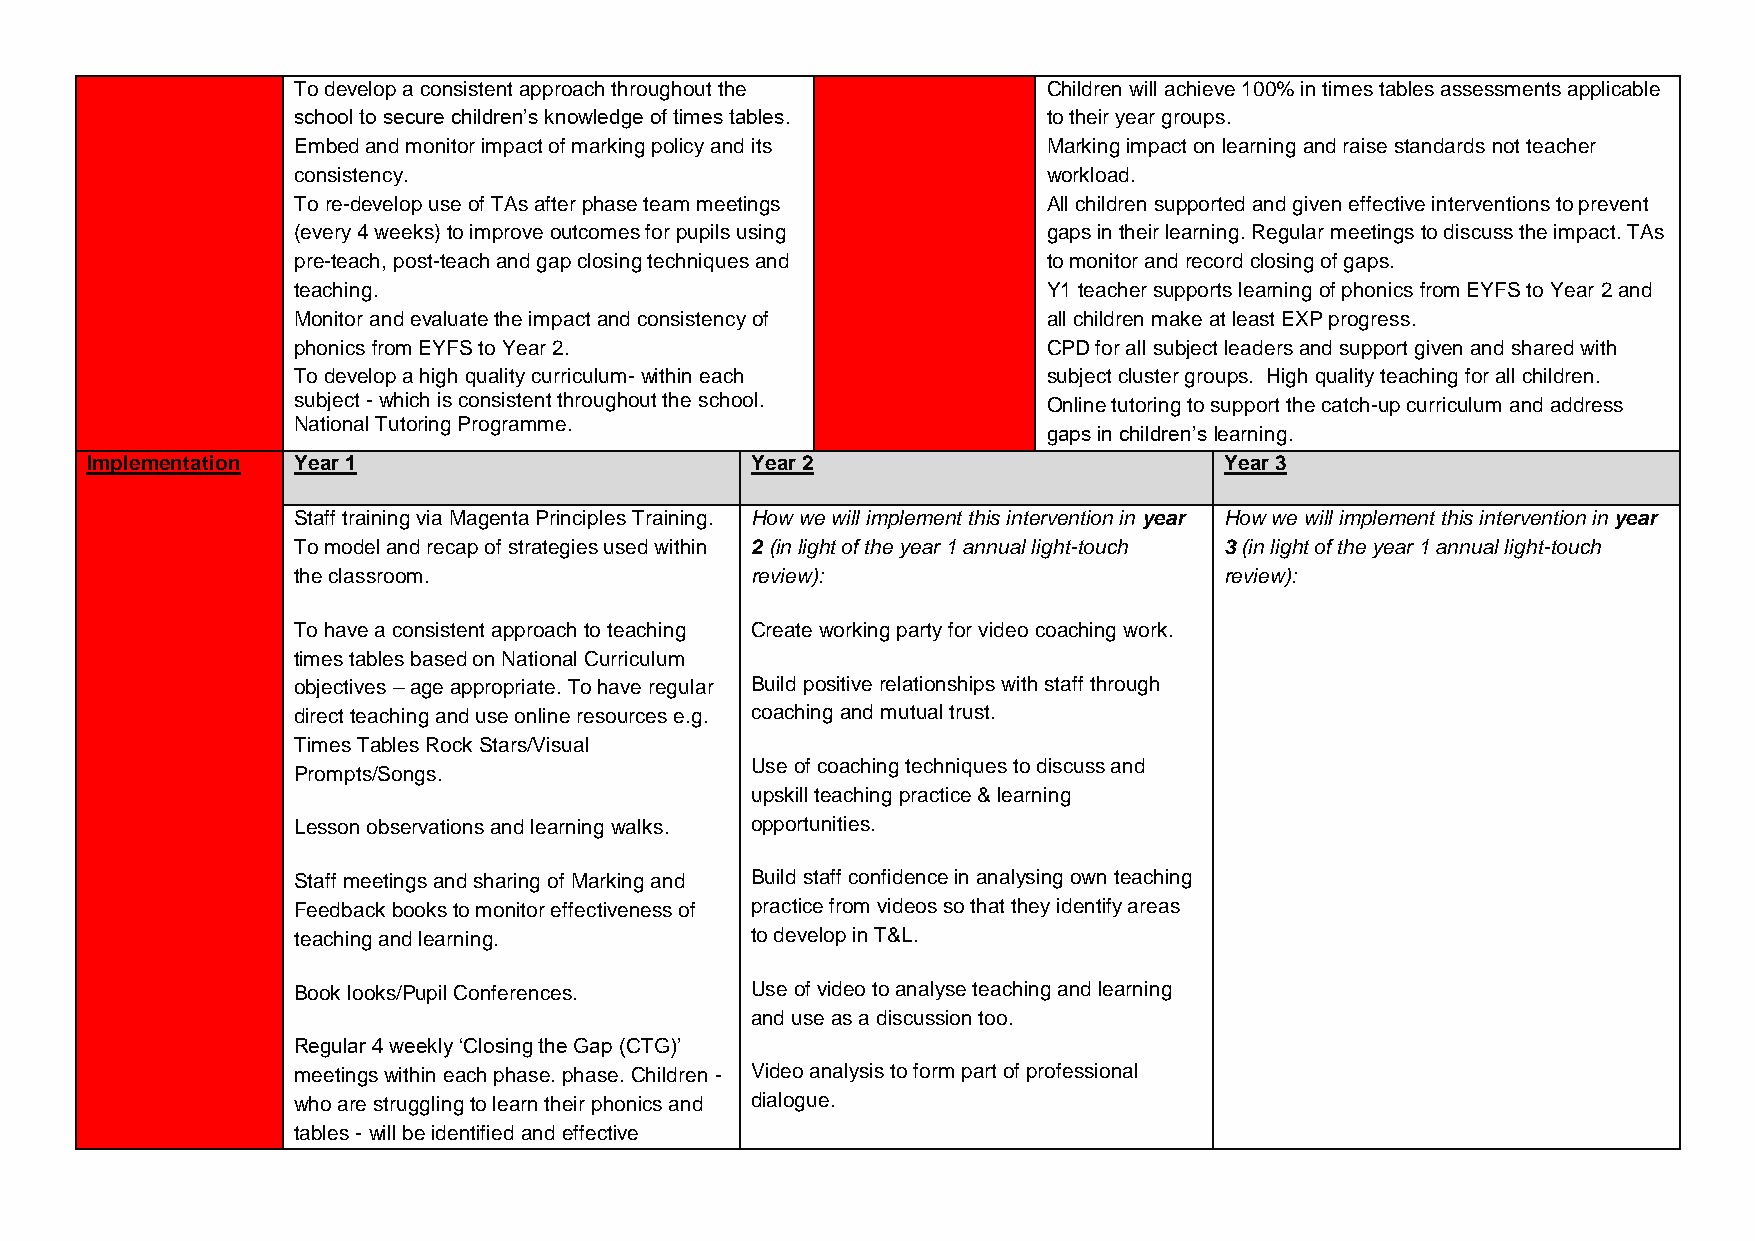
To develop a consistent approach throughout the   Children will achieve 100% in times tables assessments applicable
 school to secure children’s knowledge of times tables. to their year groups.
 Embed and monitor impact of marking policy and its Marking impact on learning and raise standards not teacher
 consistency.                                      workload.
 To re-develop use of TAs after phase team meetings All children supported and given effective interventions to prevent
 (every 4 weeks) to improve outcomes for pupils using gaps in their learning. Regular meetings to discuss the impact. TAs
 pre-teach, post-teach and gap closing techniques and to monitor and record closing of gaps.
 teaching.                                         Y1 teacher supports learning of phonics from EYFS to Year 2 and
 Monitor and evaluate the impact and consistency of all children make at least EXP progress.
 phonics from EYFS to Year 2.                      CPD for all subject leaders and support given and shared with
 To develop a high quality curriculum- within each subject cluster groups. High quality teaching for all children.
 subject - which is consistent throughout the school. Online tutoring to support the catch-up curriculum and address
 National Tutoring Programme.
 gaps in children’s learning.
 Implementation Year 1                       Year 2                         Year 3
 Staff training via Magenta Principles Training. How we will implement this intervention in year How we will implement this intervention in year
 To model and recap of strategies used within 2 (in light of the year 1 annual light-touch 3 (in light of the year 1 annual light-touch
 the classroom.                 review):                       review):
 To have a consistent approach to teaching Create working party for video coaching work.
 times tables based on National Curriculum
 objectives – age appropriate. To have regular Build positive relationships with staff through
 direct teaching and use online resources e.g. coaching and mutual trust.
 Times Tables Rock Stars/Visual
 Use of coaching techniques to discuss and
 Prompts/Songs.
 upskill teaching practice & learning
 Lesson observations and learning walks. opportunities.
 Staff meetings and sharing of Marking and Build staff confidence in analysing own teaching
 Feedback books to monitor effectiveness of practice from videos so that they identify areas
 teaching and learning.         to develop in T&L.
 Book looks/Pupil Conferences.  Use of video to analyse teaching and learning
 and use as a discussion too.
 Regular 4 weekly ‘Closing the Gap (CTG)’
 meetings within each phase. phase. Children - Video analysis to form part of professional
 who are struggling to learn their phonics and dialogue.
 tables - will be identified and effective